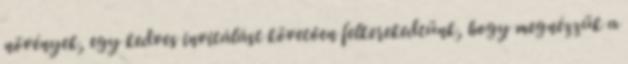
növények, egy kedves invitálást követően felkerekedtünk, hogy megnézzük a